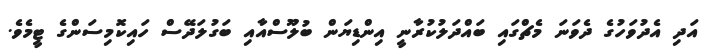
އަދި އެދުވަހުގެ ދެވަނަ މެޗްގައި ބައްދަލުކުރާނީ އިންޑިޔަން ބުލޫސްއާއި ބަގުލަދޭސް ހައިކޮމިސަންގެ ޓީމެވެ.